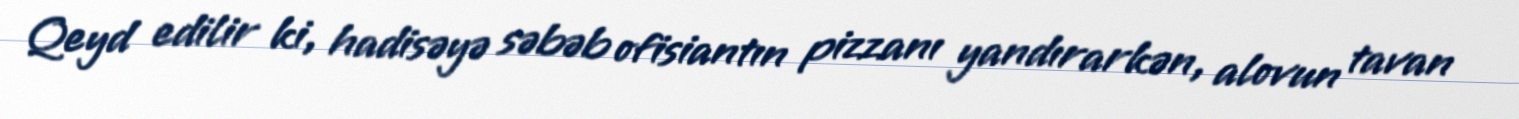
Qeyd edilir ki, hadisəyə səbəb ofisiantın pizzanı yandırarkən, alovun tavan